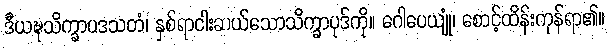
ဒီယဍ္ဎသိက္ခာပဒသတံ၊ နှစ်ရာငါးဆယ်သောသိက္ခာပုဒ်ကို။ ဂေါပေယျုံ၊ စောင့်ထိန်းကုန်ရာ၏။